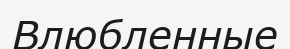
Влюбленные